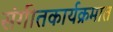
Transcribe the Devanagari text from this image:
संगीतकार्यक्रमात